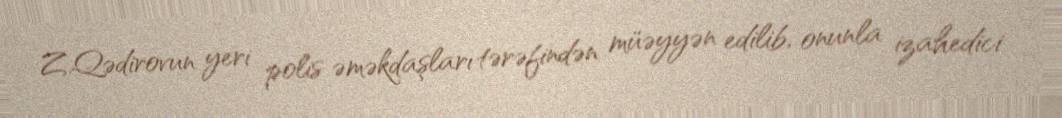
Z.Qədirovun yeri polis əməkdaşları tərəfindən müəyyən edilib, onunla izahedici